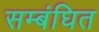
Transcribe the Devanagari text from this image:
सम्बंघित